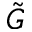
\Tilde { G }